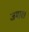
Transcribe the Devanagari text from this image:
जमाव।